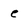
Character: c